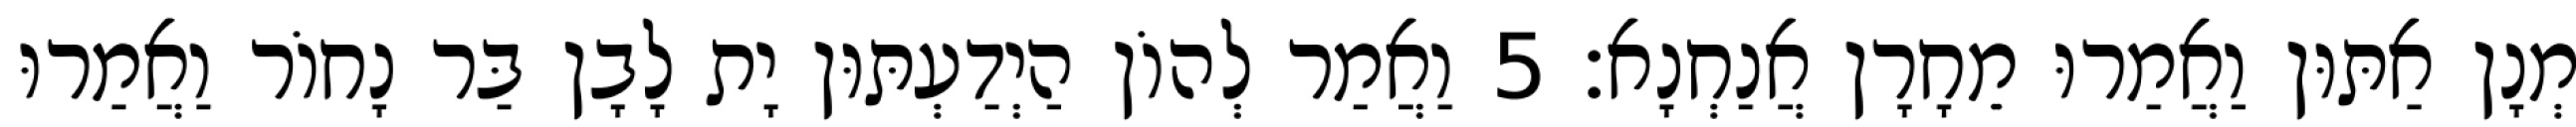
מְנָן אַתּוּן וַאֲמַרוּ מֵחָרָן אֲנַחְנָא׃ 5 וַאֲמַר לְהוֹן הַיְדַעְתּוּן יָת לָבָן בַּר נָחוֹר וַאֲמַרוּ